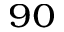
^ { 9 0 }